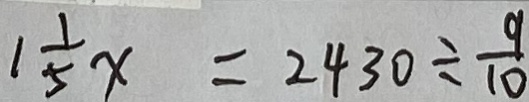
1 \frac { 1 } { 5 } x = 2 4 3 0 \div \frac { 9 } { 1 0 }